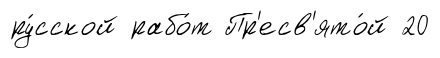
ру́сской рабо́т Пр'есв'ято́й 20